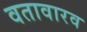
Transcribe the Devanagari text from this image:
वतावारव